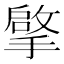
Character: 𮲒